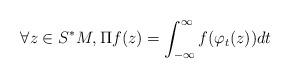
LaTeX: \begin{align*}\forall z\in S^*M, \Pi f(z)=\int_{-\infty}^\infty f(\varphi_t(z))dt\end{align*}